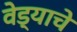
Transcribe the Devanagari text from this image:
वेड्याचे